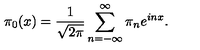
\pi _ { 0 } ( x ) = { \frac { 1 } { \sqrt { 2 \pi } } } \sum _ { n = - \infty } ^ { \infty } \pi _ { n } e ^ { i n x } .